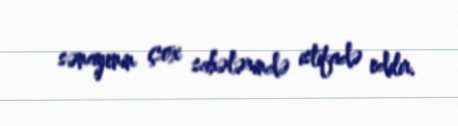
sənayenin çox sahələrində istifadə edilir.